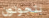
يتجولون